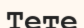
Тете